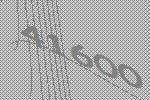
41600